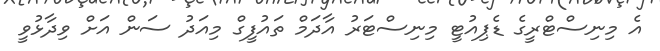
އެ މިނިސްޓްރީގެ ޑެޕިއުޓީ މިނިސްޓަރު އާދަމް ތައުފީގް މިއަދު ސަން އަށް ވިދާޅުވީ